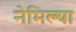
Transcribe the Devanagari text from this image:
नेमिल्या